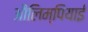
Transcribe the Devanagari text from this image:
औलिम्पियाई